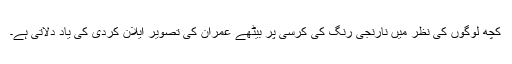
کچھ لوگوں کی نظر میں نارنجی رنگ کی کرسی پر بیٹھے عمران کی تصویر ایلان کردی کی یاد دلاتی ہے۔